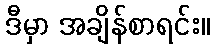
ဒီမှာ အချိန်စာရင်း။